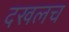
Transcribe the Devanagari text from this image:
दखलच